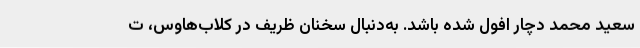
سعید محمد دچار افول شده باشد. به‌دنبال سخنان ظریف در کلاب‌هاوس، ت